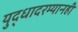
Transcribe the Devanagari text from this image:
युद्धादरम्यानही